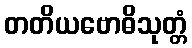
တတိယဗောဓိသုတ္တံ